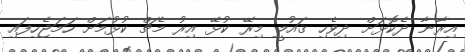
އިރާނާ ދެކޮޅަށް ދިވެހި ޤައުމީ މިރޭ ކުޅޭ އިރު މެޗް ކުޅުމަށް ހަމަޖެހިފައި